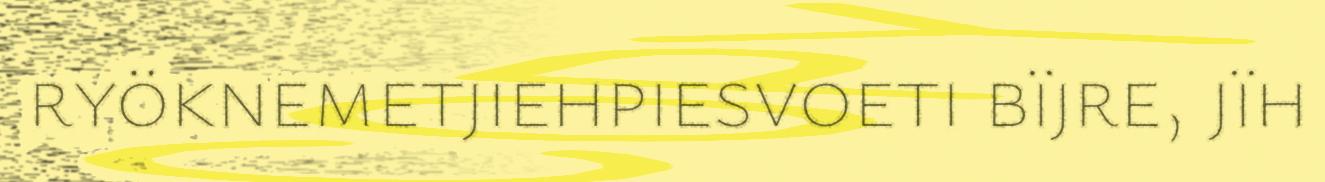
ryöknemetjiehpiesvoeti bïjre, jïh